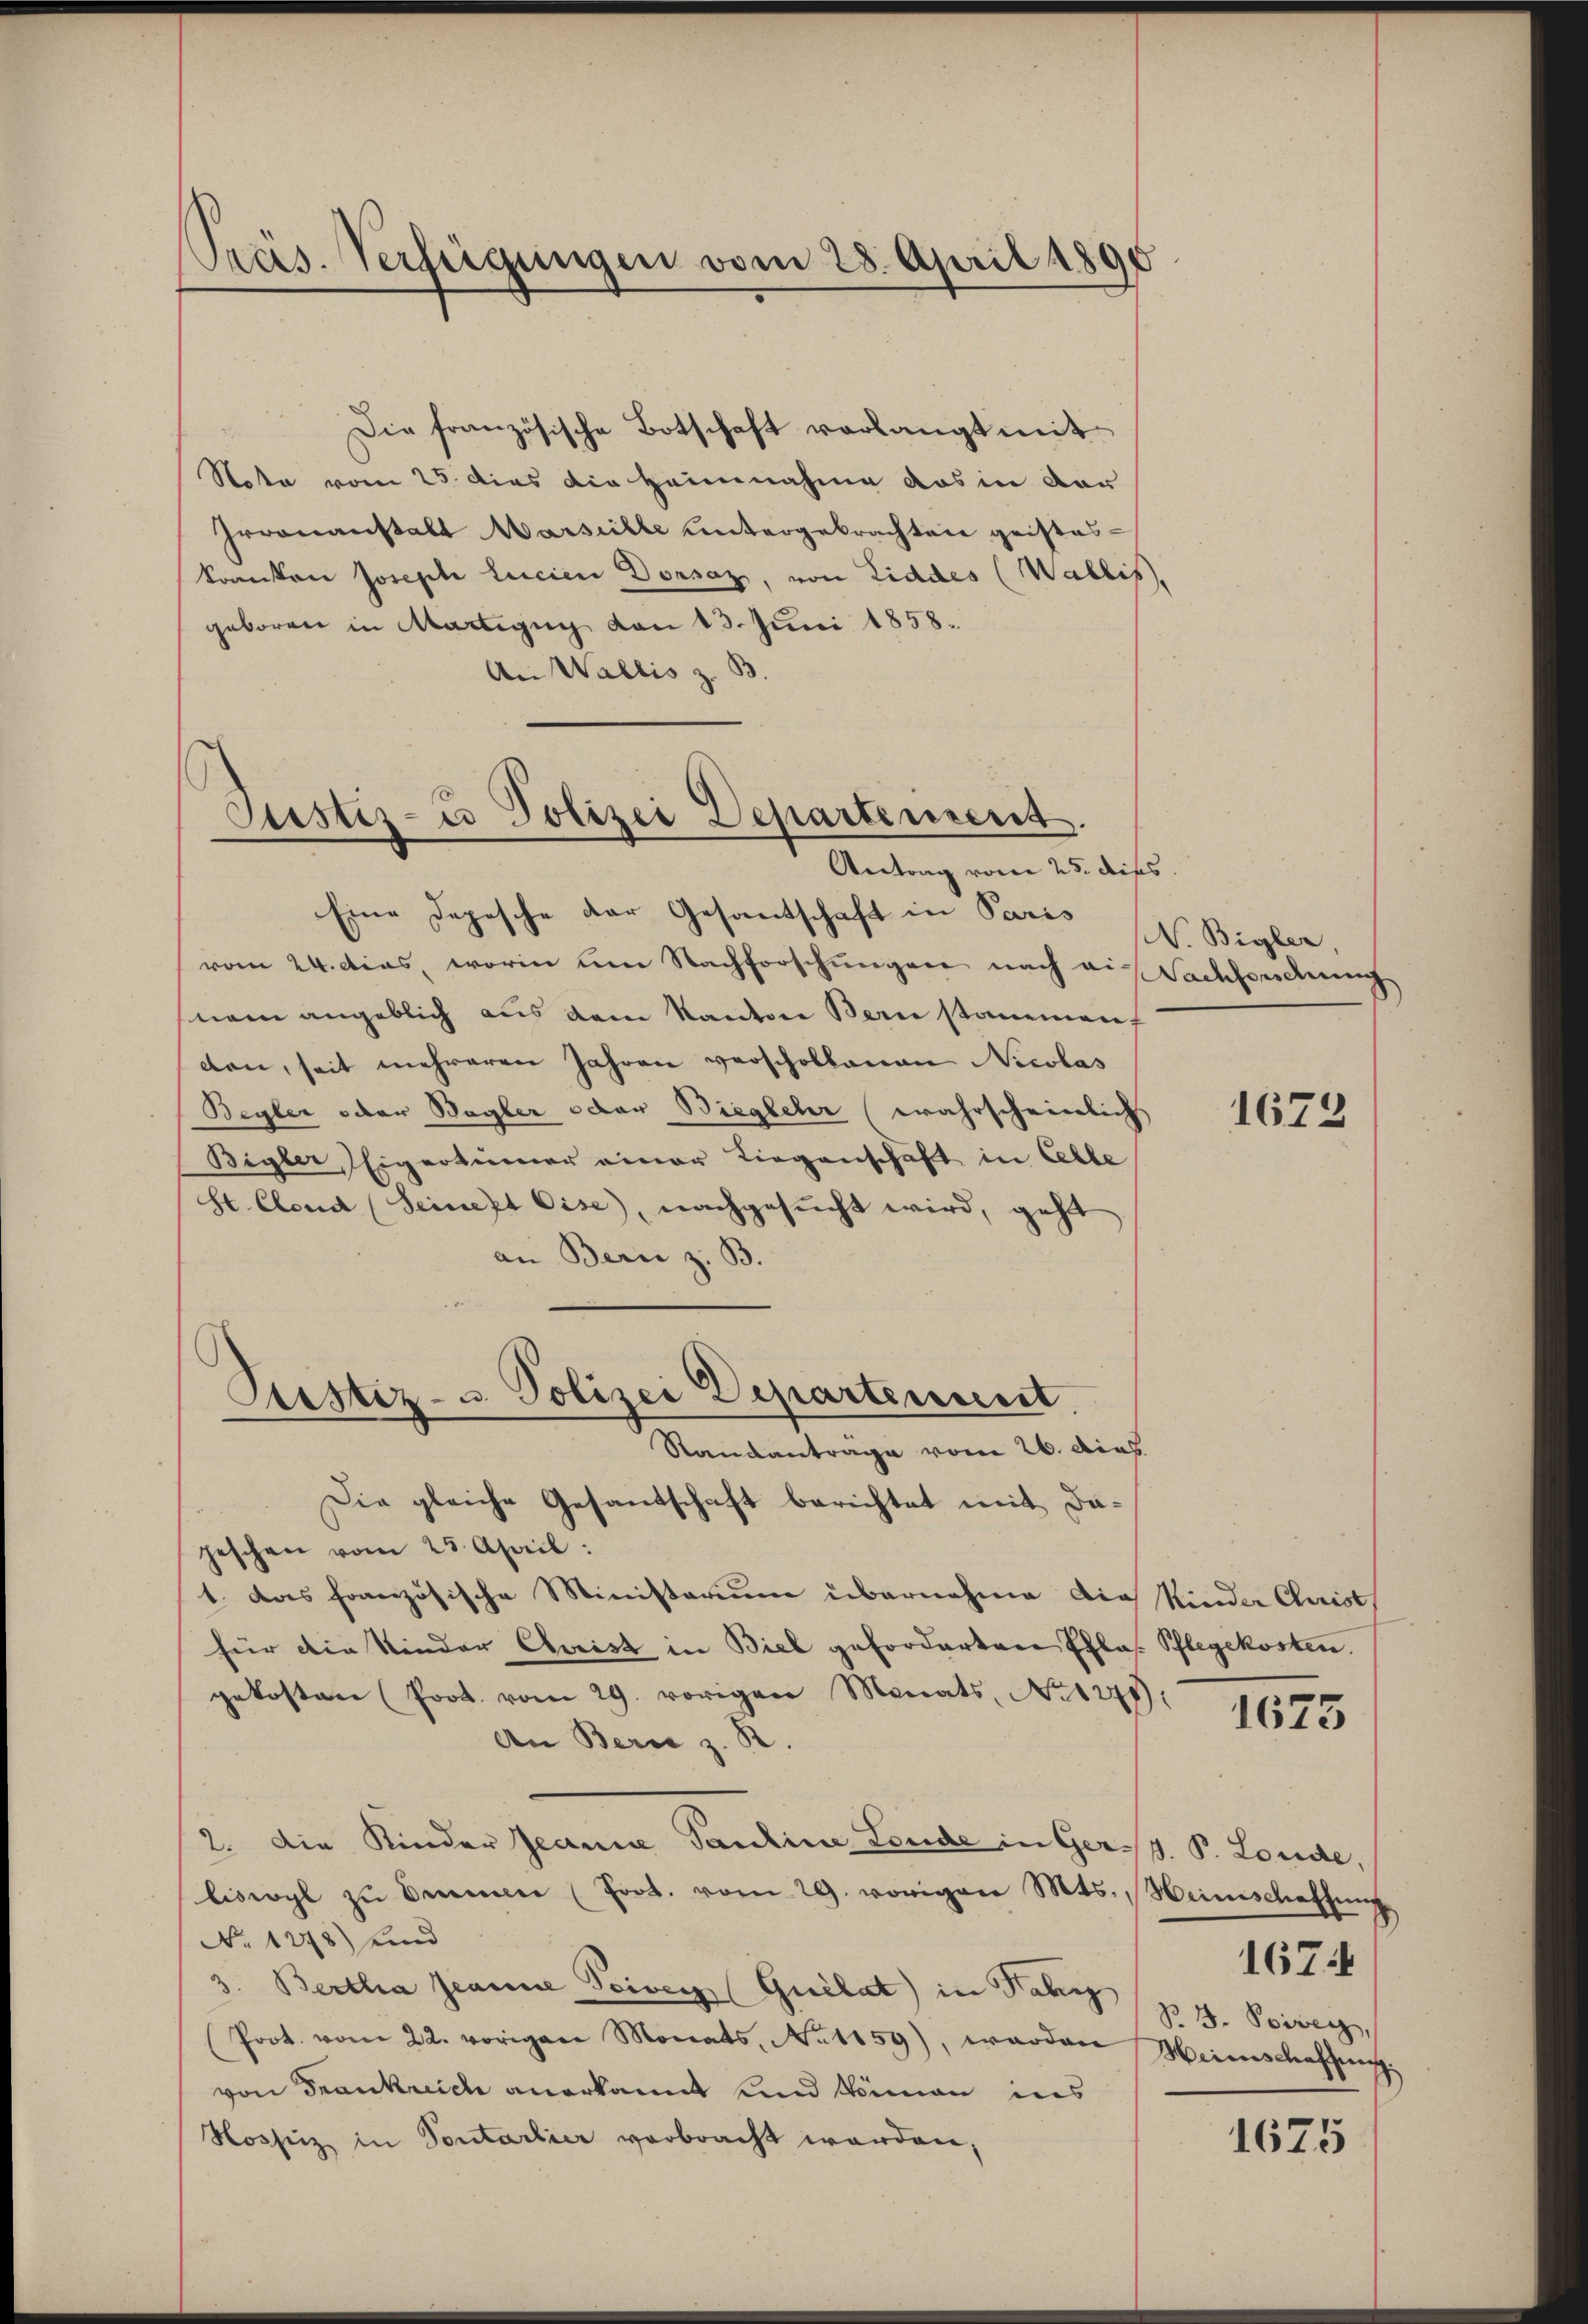
Preis. Verfügungen vom 28. April 1890

Note vom 25. dies die Heinnahme das in dar
Groonanstalt Marseille untergebrachten geisteskonnten Joseph Lucien Dorsaz, von Liddes (Wallis,
geboren in Martigug von 13. Juni 1858.
An Wallis z. B.

Die französische Botschaft verlangt mit

Justiz- u Polizei Departement.
Antrag vom 25. diss

Eine Depesche der Gesantschaft in Paris
vom 24. Dias, worin um Nachforschungen nach ei-
nem angeblich aus dem Kanton Bern stammenf
den, seit mehreren Jahren verschollenen Nicolas
Begler oder Begler oder Biegbeher (wahrscheinlich
Bigler, Eigentümer einer Liegenschaft in Albe
St. Clend (Seineft Cise), nachgesucht wird, geht
an Bern z. B.
Randantrage vom 26. dies
Die gleiche Gesandschaft berichtet mit Dapeschen vom 25. April:
1. Das französische Ministerium übernahme die Kinder Christ
für die Kinder Chorist in Biel geforderten Ehlos. Pflegekosten.
gekosten (Prot vom 29. vorigen Monats No 1278):
An Bern z. R.
2. Die Kinder Jean Pauline Leude in Ger. P. Loude,
liswyl zŭ bemer (Frot. vom 29. vorigen Mts. Heimschaffung
No 1278) und
3. Bertha Jeanne Poiven (Guélat) in Fahr
Prot. vom 22. vorigen Monats, No 1159), worden
von Frankreich anerkannt und Weman ins
Hospiz in Sontarlier verbracht werden,

Piustiz- u. Polizei Departement

N. Bigler.
Nachforschung

1672

1675

B. 3. Poiven,
Miinschaffung.

1674

1675